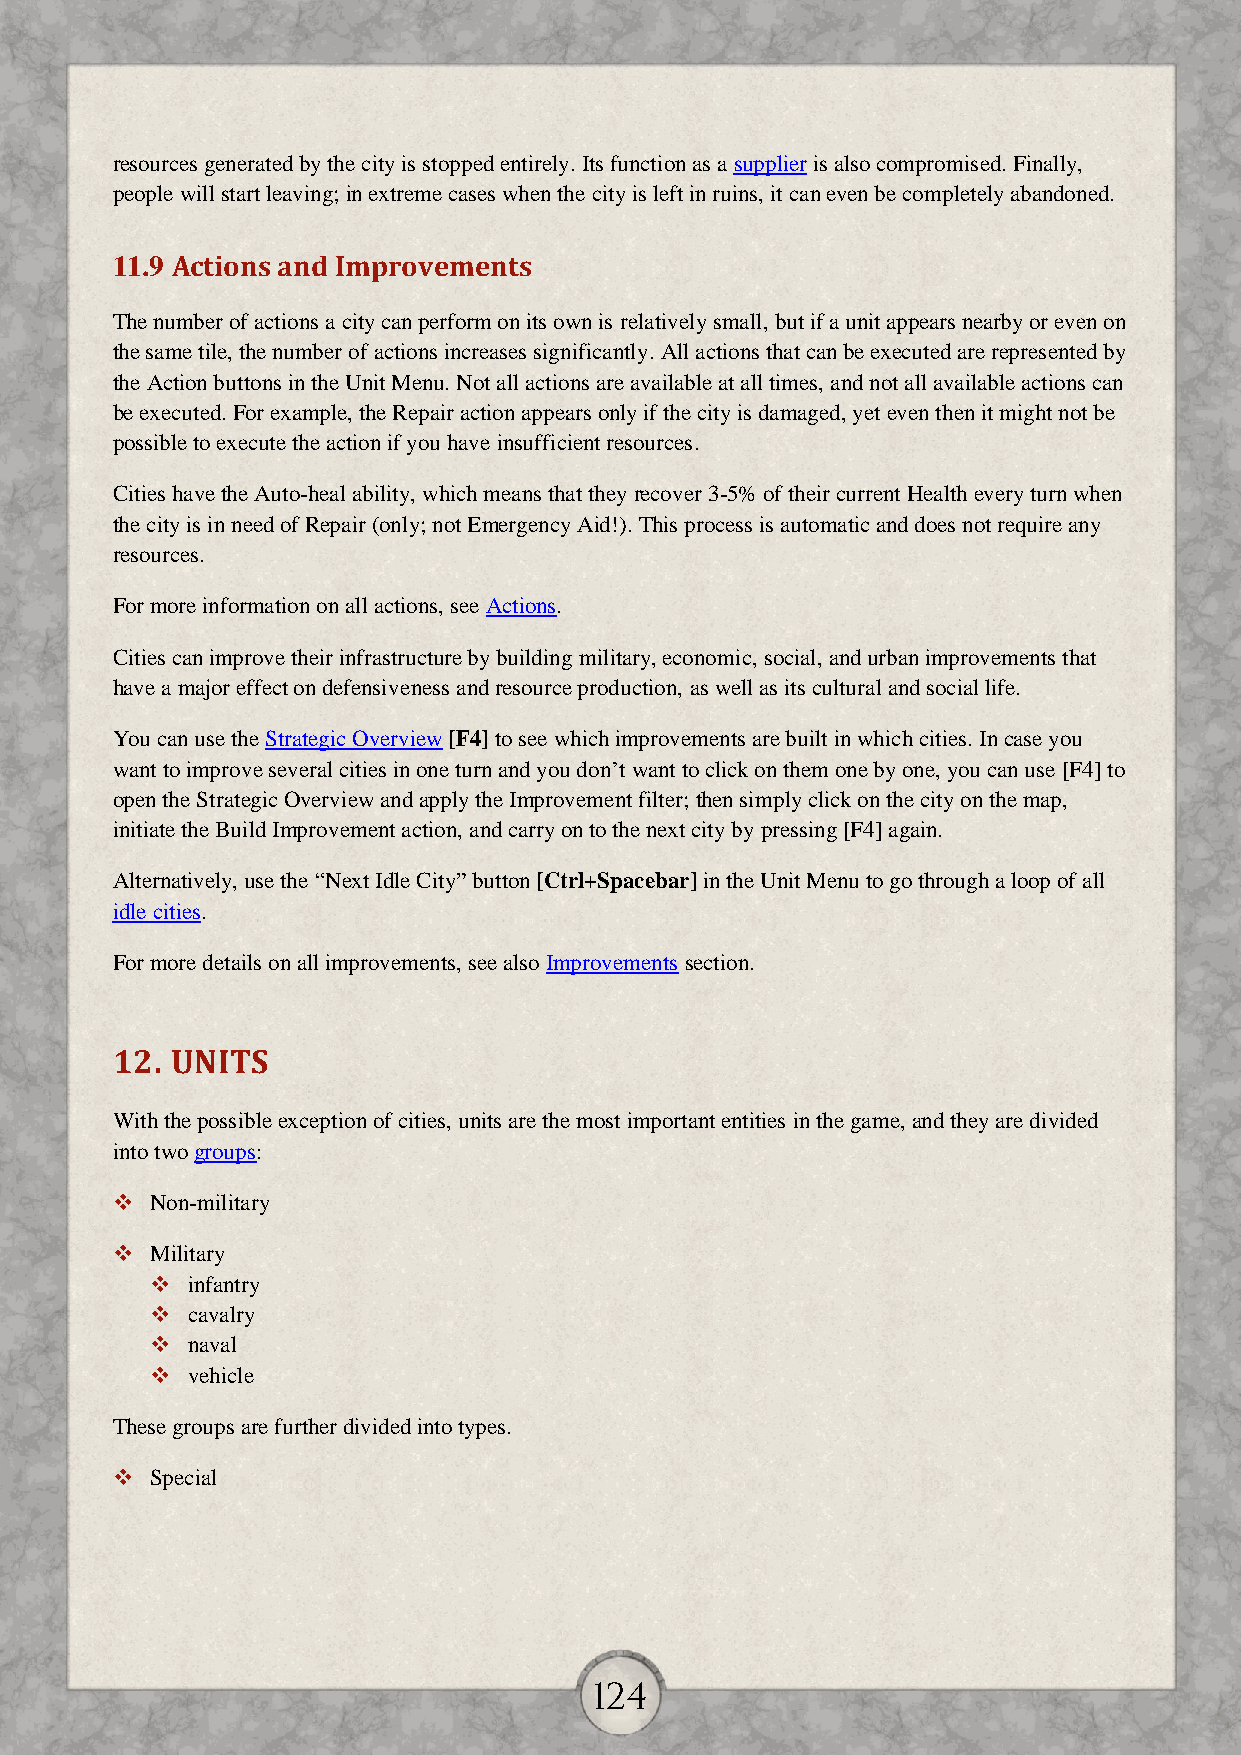
resources generated by the city is stopped entirely. Its function as a supplier is also compromised. Finally,
 people will start leaving; in extreme cases when the city is left in ruins, it can even be completely abandoned.
 11.9 Actions and Improvements
 The number of actions a city can perform on its own is relatively small, but if a unit appears nearby or even on
 the same tile, the number of actions increases significantly. All actions that can be executed are represented by
 the Action buttons in the Unit Menu. Not all actions are available at all times, and not all available actions can
 be executed. For example, the Repair action appears only if the city is damaged, yet even then it might not be
 possible to execute the action if you have insufficient resources.
 Cities have the Auto-heal ability, which means that they recover 3-5% of their current Health every turn when
 the city is in need of Repair (only; not Emergency Aid!). This process is automatic and does not require any
 resources.
 For more information on all actions, see Actions.
 Cities can improve their infrastructure by building military, economic, social, and urban improvements that
 have a major effect on defensiveness and resource production, as well as its cultural and social life.
 You can use the Strategic Overview [F4] to see which improvements are built in which cities. In case you
 want to improve several cities in one turn and you don’t want to click on them one by one, you can use [F4] to
 open the Strategic Overview and apply the Improvement filter; then simply click on the city on the map,
 initiate the Build Improvement action, and carry on to the next city by pressing [F4] again.
 Alternatively, use the “Next Idle City” button [Ctrl+Spacebar] in the Unit Menu to go through a loop of all
 idle cities.
 For more details on all improvements, see also Improvements section.
 12. UNITS
 With the possible exception of cities, units are the most important entities in the game, and they are divided
 into two groups:
   Non-military
   Military
  infantry
  cavalry
  naval
  vehicle
 These groups are further divided into types.
   Special
 124